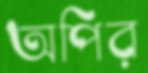
অপির